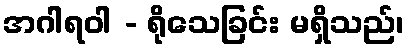
အဂါရဝါ - ရိုသေခြင်း မရှိသည်၊